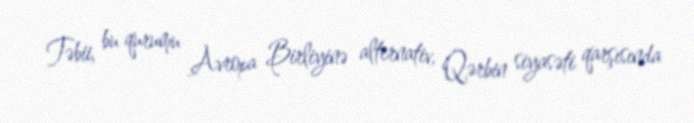
Təbii, bu qurumu Avropa Birliyinə alternativ, Qərbin siyasəti qarşısında